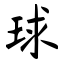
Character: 球